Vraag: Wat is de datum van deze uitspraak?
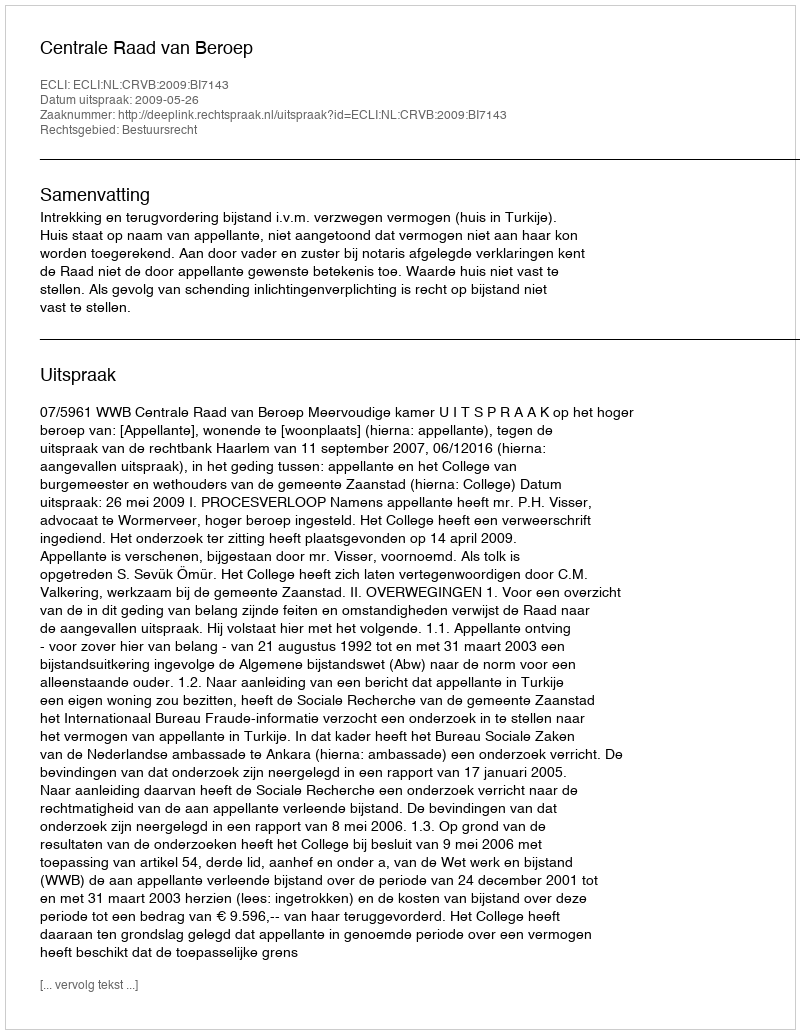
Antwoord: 2009-05-26